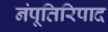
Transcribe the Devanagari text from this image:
नंपूतिरिपाद